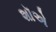
શૉએ